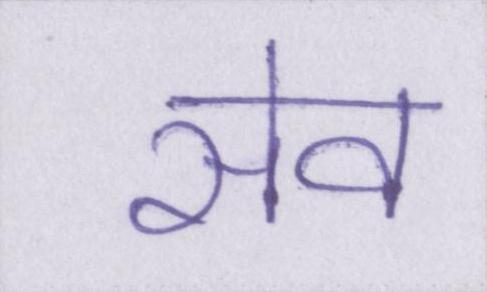
सेव